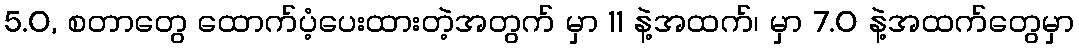
5.0, စတာတွေ ထောက်ပံ့ပေးထားတဲ့အတွက် မှာ 11 နဲ့အထက်၊ မှာ 7.0 နဲ့အထက်တွေမှာ